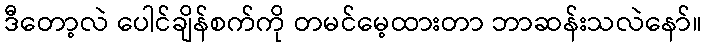
ဒီတော့လဲ ပေါင်ချိန်စက်ကို တမင်မေ့ထားတာ ဘာဆန်းသလဲနော်။